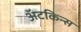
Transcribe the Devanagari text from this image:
अॅटकिन्स